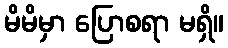
မိမိမှာ ပြောစရာ မရှိ။